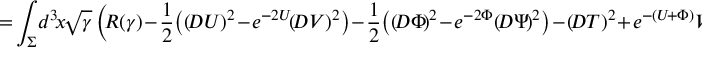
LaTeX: \! \! \! \! I \! = \! \int _ { \Sigma } \! d ^ { 3 } \! x \! \sqrt { \gamma } \left( \! R ( \gamma ) \! - \! { \frac { 1 } { 2 } } \! \left( \left( \! D U \right) ^ { 2 } \! - \! e ^ { - 2 U } \! \! \left( \! D V \right) ^ { 2 } \right) \! - \! { \frac { 1 } { 2 } } \! \left( \left( \! D \Phi \! \right) ^ { 2 } \! - \! e ^ { - 2 \Phi } \! \left( \! D \Psi \! \right) ^ { 2 } \right) \! - \! \left( \! D T \right) \! ^ { 2 } \! + \! e ^ { - ( U \! + \Phi ) } V ( T ) \! \right)